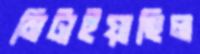
মিটাইয়াছিল